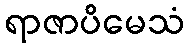
ရာဇာပိမေသံ